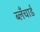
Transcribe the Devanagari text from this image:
ब्लँचार्ड